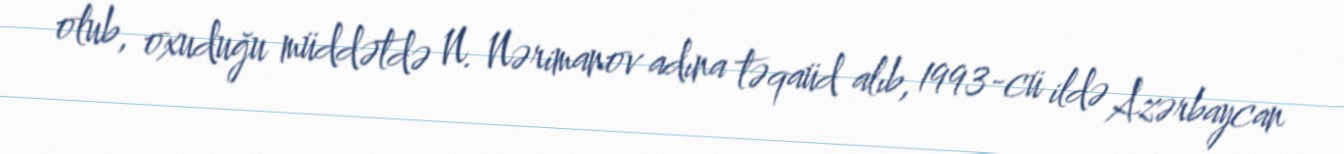
olub, oxuduğu müddətdə N. Nərimanov adına təqaüd alıb, 1993-cü ildə Azərbaycan